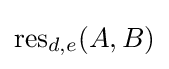
\operatorname {res} _{d,e}(A,B)